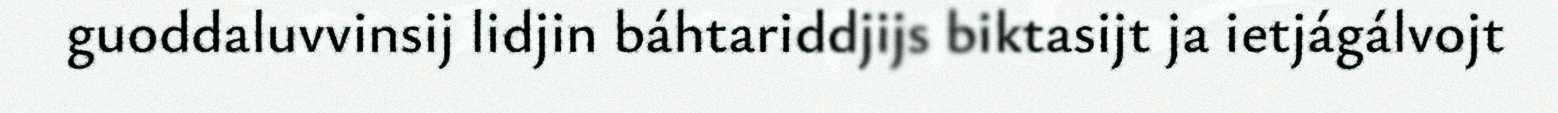
guoddaluvvinsij lidjin báhtariddjijs biktasijt ja ietjágálvojt